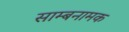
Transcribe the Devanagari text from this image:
साम्बनामक